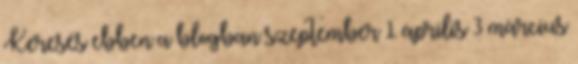
Keresés ebben a blogban szeptember 1 április 3 március